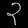
Digit: ၃